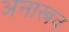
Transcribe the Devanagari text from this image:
अनास्त्रव